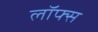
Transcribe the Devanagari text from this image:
लॉफ्स